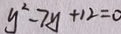
y ^ { 2 } - 7 y + 1 2 = 0